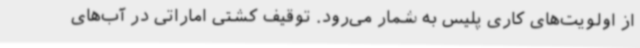
از اولویت‌های کاری پلیس به شمار می‌رود. توقیف کشتی اماراتی در آب‌های